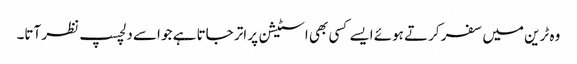
وہ ٹرین میں سفر کرتے ہوئے ایسے کسی بھی اسٹیشن پر اتر جاتا ہے جو اسے دلچسپ نظر آتا۔